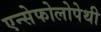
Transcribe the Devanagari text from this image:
एन्सेफोलोपेथी